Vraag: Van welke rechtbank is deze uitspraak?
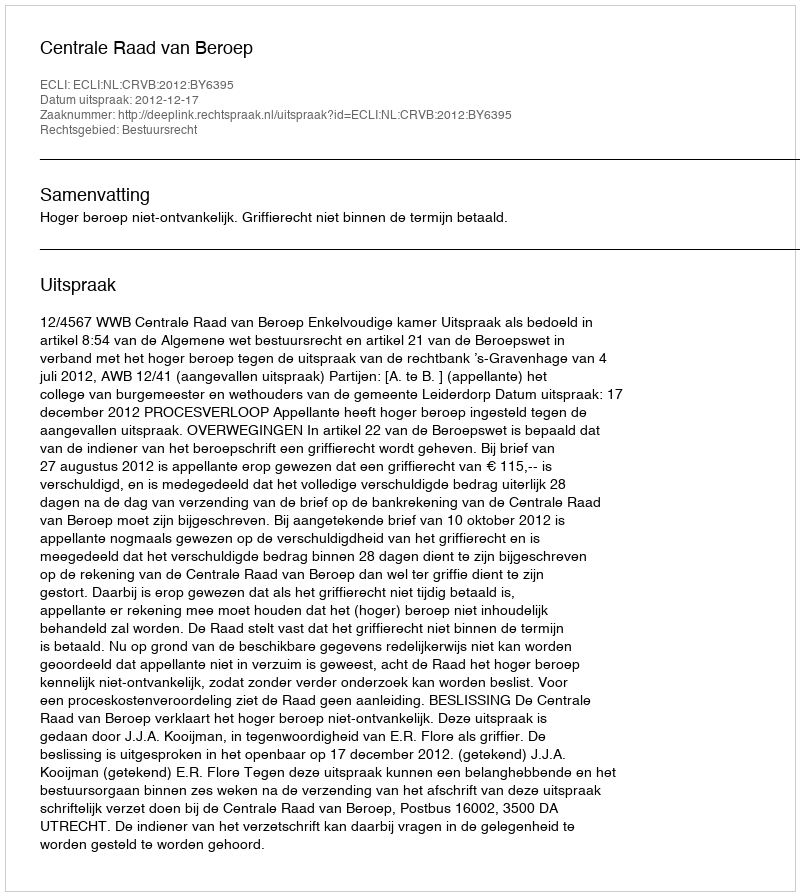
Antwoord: Centrale Raad van Beroep